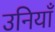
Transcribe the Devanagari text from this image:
उनियाँ